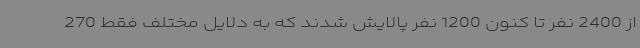
از 2400 نفر تا کنون 1200 نفر پالایش شدند که به دلایل مختلف فقط 270